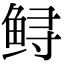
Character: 鲟